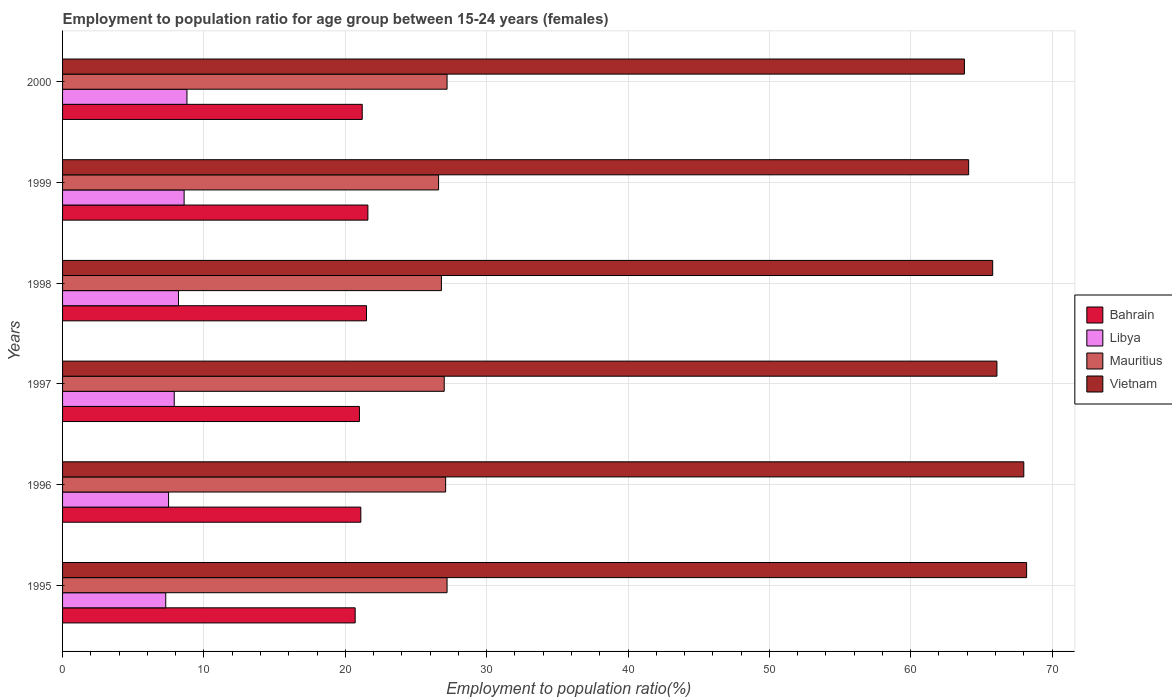
| Years | Bahrain | Libya | Mauritius | Vietnam |
 | --- | --- | --- | --- | --- |
 | 1995 | 20.7 | 7.3 | 27.2 | 68.2 |
 | 1996 | 21.1 | 7.5 | 27.1 | 68 |
 | 1997 | 21 | 7.9 | 27 | 66.1 |
 | 1998 | 21.5 | 8.2 | 26.8 | 65.8 |
 | 1999 | 21.6 | 8.6 | 26.6 | 64.1 |
 | 2000 | 21.2 | 8.8 | 27.2 | 63.8 |